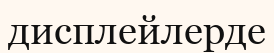
дисплейлерде